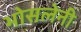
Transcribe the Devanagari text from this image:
भोसलेनी